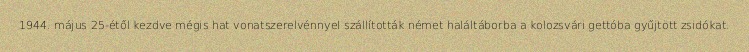
1944. május 25-étől kezdve mégis hat vonatszerelvénnyel szállították német haláltáborba a kolozsvári gettóba gyűjtött zsidókat.